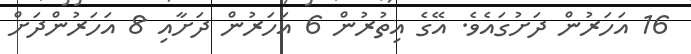
16 އަހަރުން ދަށުގައެވެ. އޭގެ އިތުރުން 6 އަހަރުން ދަށާއި 8 އަހަރުންދަށް